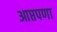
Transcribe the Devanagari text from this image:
आप्तपणा